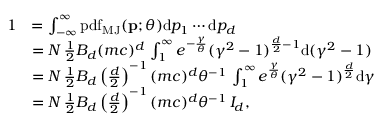
{ \begin{array} { r l } { 1 } & { = \int _ { - \infty } ^ { \infty } \operatorname { p d f } _ { \mathrm { M J } } ( \mathbf { p } ; \theta ) \mathrm { d } p _ { 1 } \cdots \mathrm { d } p _ { d } } \\ & { = N \, { \frac { 1 } { 2 } } B _ { d } ( m c ) ^ { d } \, \int _ { 1 } ^ { \infty } e ^ { - { \frac { \gamma } { \theta } } } ( \gamma ^ { 2 } - 1 ) ^ { { \frac { d } { 2 } } - 1 } \mathrm { d } ( \gamma ^ { 2 } - 1 ) } \\ & { = N \, { \frac { 1 } { 2 } } B _ { d } \left( { \frac { d } { 2 } } \right) ^ { - 1 } ( m c ) ^ { d } \theta ^ { - 1 } \, \int _ { 1 } ^ { \infty } e ^ { \frac { \gamma } { \theta } } ( \gamma ^ { 2 } - 1 ) ^ { \frac { d } { 2 } } \mathrm { d } \gamma } \\ & { = N \, { \frac { 1 } { 2 } } B _ { d } \left( { \frac { d } { 2 } } \right) ^ { - 1 } ( m c ) ^ { d } \theta ^ { - 1 } \, I _ { d } , } \end{array} }